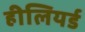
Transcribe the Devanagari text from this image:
हीलियर्ड